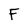
Character: F